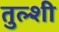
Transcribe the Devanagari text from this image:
तुल्शी